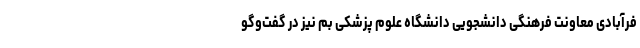
فرآبادی معاونت فرهنگی دانشجویی دانشگاه علوم پزشکی بم نیز در گفت‌وگو